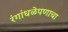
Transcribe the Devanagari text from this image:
रंगांधळेपणाचा